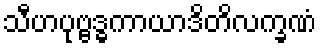
သီဟပုဗ္ဗဒ္ဓကာယာဒိတိလက္ခဏံ